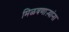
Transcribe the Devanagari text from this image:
मिळवणाऱ्यांना